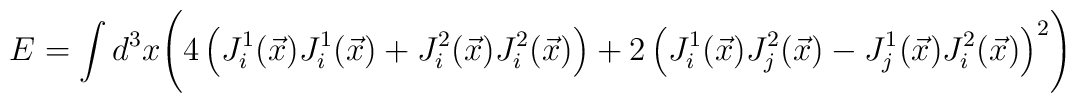
E=\int d^3x\Biggl(4\left(J^1_i(\vec x)J^1_i(\vec x)+J^2_i(\vec x)J^2_i(\vec x)\right)+2\left(J^1_i(\vec x)J^2_j(\vec x)-J^1_j(\vec x)J^2_i(\vec x)\right)^2\Biggr)